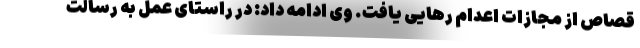
قصاص از مجازات اعدام رهایی یافت. وی ادامه داد: در راستای عمل به رسالت